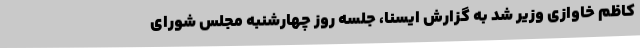
کاظم خاوازی وزیر شد به گزارش ایسنا، جلسه روز چهارشنبه مجلس شورای